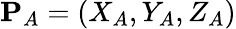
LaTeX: \mathbf{P}_{A}=\left(X_{A},Y_{A},Z_{A}\right)